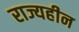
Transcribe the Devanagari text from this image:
राज्यहीन